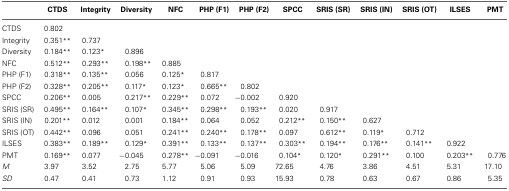
<table><thead><tr><td></td><td><b>CTDS</b></td><td><b>Integrity</b></td><td><b>Diversity</b></td><td><b>NFC</b></td><td><b>PHP (F1)</b></td><td><b>PHP (F2)</b></td><td><b>SPCC</b></td><td><b>SRIS (SR)</b></td><td><b>SRIS (IN)</b></td><td><b>SRIS (OT)</b></td><td><b>ILSES</b></td><td><b>PMT</b></td></tr></thead><tbody><tr><td>CTDS</td><td>0.802</td><td></td><td></td><td></td><td></td><td></td><td></td><td></td><td></td><td></td><td></td><td></td></tr><tr><td>Integrity</td><td>0.351<sup>**</sup></td><td>0.737</td><td></td><td></td><td></td><td></td><td></td><td></td><td></td><td></td><td></td><td></td></tr><tr><td>Diversity</td><td>0.184<sup>**</sup></td><td>0.123<sup>*</sup></td><td>0.896</td><td></td><td></td><td></td><td></td><td></td><td></td><td></td><td></td><td></td></tr><tr><td>NFC</td><td>0.512<sup>**</sup></td><td>0.293<sup>**</sup></td><td>0.198<sup>**</sup></td><td>0.885</td><td></td><td></td><td></td><td></td><td></td><td></td><td></td><td></td></tr><tr><td>PHP (F1)</td><td>0.318<sup>**</sup></td><td>0.135<sup>**</sup></td><td>0.056</td><td>0.125<sup>*</sup></td><td>0.817</td><td></td><td></td><td></td><td></td><td></td><td></td><td></td></tr><tr><td>PHP (F2)</td><td>0.328<sup>**</sup></td><td>0.205<sup>**</sup></td><td>0.117<sup>*</sup></td><td>0.123<sup>*</sup></td><td>0.665<sup>**</sup></td><td>0.802</td><td></td><td></td><td></td><td></td><td></td><td></td></tr><tr><td>SPCC</td><td>0.206<sup>**</sup></td><td>0.005</td><td>0.217<sup>**</sup></td><td>0.229<sup>**</sup></td><td>0.072</td><td>−0.002</td><td>0.920</td><td></td><td></td><td></td><td></td><td></td></tr><tr><td>SRIS (SR)</td><td>0.495<sup>**</sup></td><td>0.164<sup>**</sup></td><td>0.107<sup>*</sup></td><td>0.345<sup>**</sup></td><td>0.298<sup>**</sup></td><td>0.193<sup>**</sup></td><td>0.020</td><td>0.917</td><td></td><td></td><td></td><td></td></tr><tr><td>SRIS (IN)</td><td>0.201<sup>**</sup></td><td>0.012</td><td>0.001</td><td>0.184<sup>**</sup></td><td>0.064</td><td>0.052</td><td>0.212<sup>**</sup></td><td>0.150<sup>**</sup></td><td>0.627</td><td></td><td></td><td></td></tr><tr><td>SRIS (OT)</td><td>0.442<sup>**</sup></td><td>0.096</td><td>0.051</td><td>0.241<sup>**</sup></td><td>0.240<sup>**</sup></td><td>0.178<sup>**</sup></td><td>0.097</td><td>0.612<sup>**</sup></td><td>0.119<sup>*</sup></td><td>0.712</td><td></td><td></td></tr><tr><td>ILSES</td><td>0.383<sup>**</sup></td><td>0.189<sup>**</sup></td><td>0.129<sup>*</sup></td><td>0.391<sup>**</sup></td><td>0.133<sup>**</sup></td><td>0.137<sup>**</sup></td><td>0.303<sup>**</sup></td><td>0.194<sup>**</sup></td><td>0.176<sup>**</sup></td><td>0.141<sup>**</sup></td><td>0.922</td><td></td></tr><tr><td>PMT</td><td>0.169<sup>**</sup></td><td>0.077</td><td>−0.045</td><td>0.278<sup>**</sup></td><td>−0.091</td><td>−0.016</td><td>0.104<sup>*</sup></td><td>0.120<sup>*</sup></td><td>0.291<sup>**</sup></td><td>0.100</td><td>0.203<sup>**</sup></td><td>0.776</td></tr><tr><td><i>M</i></td><td>3.97</td><td>3.52</td><td>2.75</td><td>5.77</td><td>5.06</td><td>5.09</td><td>72.65</td><td>4.76</td><td>3.86</td><td>4.51</td><td>5.31</td><td>17.10</td></tr><tr><td><i>SD</i></td><td>0.47</td><td>0.41</td><td>0.73</td><td>1.12</td><td>0.91</td><td>0.93</td><td>15.93</td><td>0.78</td><td>0.63</td><td>0.67</td><td>0.86</td><td>5.35</td></tr></tbody></table>